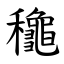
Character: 䆋